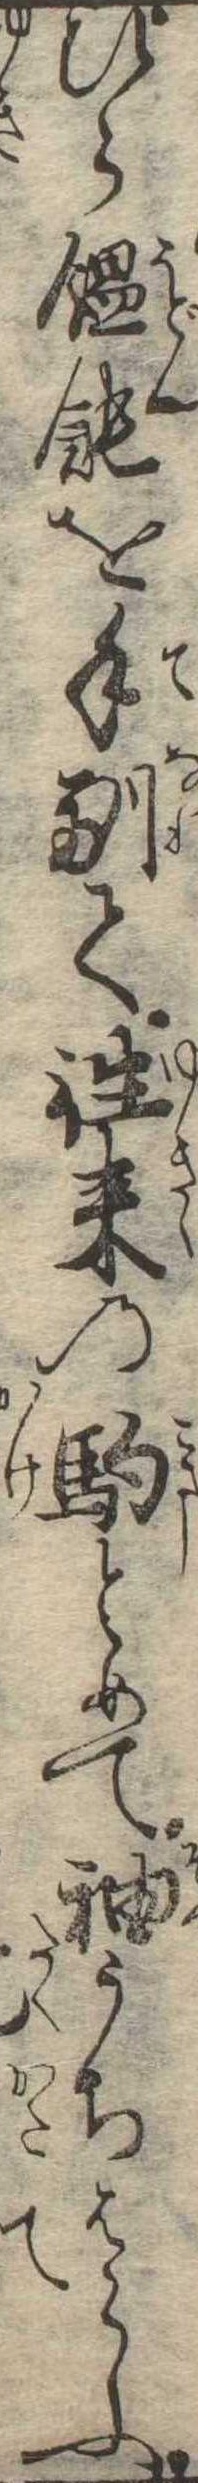
ひら饂飩を手馴て往来の駒とめて袖うちはらふ